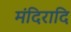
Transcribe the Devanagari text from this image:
मंदिरादि